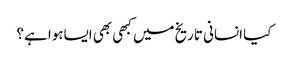
کیا انسانی تاریخ میں کبھی بھی ایساہوا ہے؟